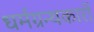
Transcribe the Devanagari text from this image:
धर्मग्रन्थकारों